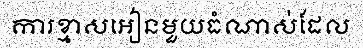
ការខ្មាសអៀនមួយធំណាស់ដែល